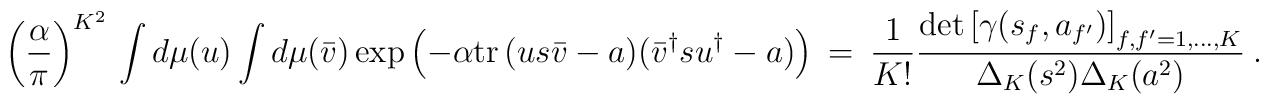
\left(\frac{\alpha}{\pi}\right)^{K^2} \,           \int d\mu(u) \int d\mu(\bar{v})           \exp\left(-\alpha{{\rm tr}\,}(us\bar{v}-a)                   (\bar{v}^\dagger su^\dagger-a)\right) \ = \           \frac{1}{K!}           \frac{\det\left[\gamma(s_f,a_{f^\prime})                      \right]_{f,f^\prime=1,\ldots,K}}                {\Delta_K(s^2)\Delta_K(a^2)} \ .